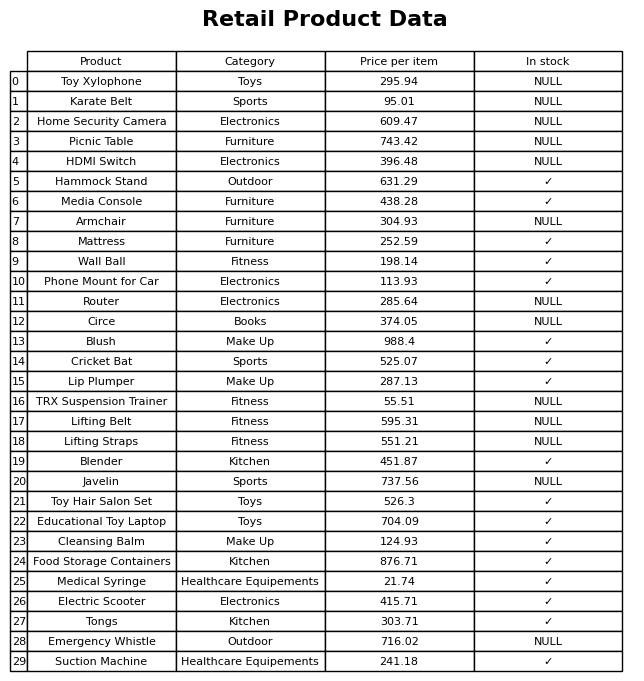
question: Is the Lip Plumper in stock?
answer: ✓